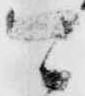
可